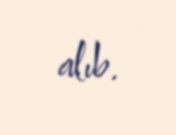
alıb.